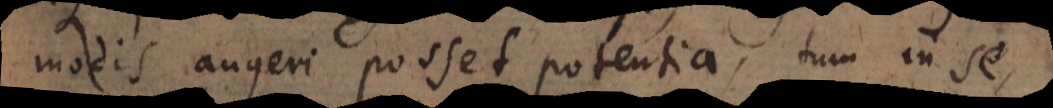
modis augeri posset potentia, tum in se,